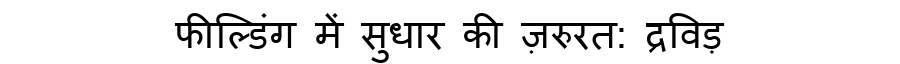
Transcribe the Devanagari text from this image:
फील्डिंग में सुधार की ज़रुरत: द्रविड़